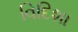
વિદિશા